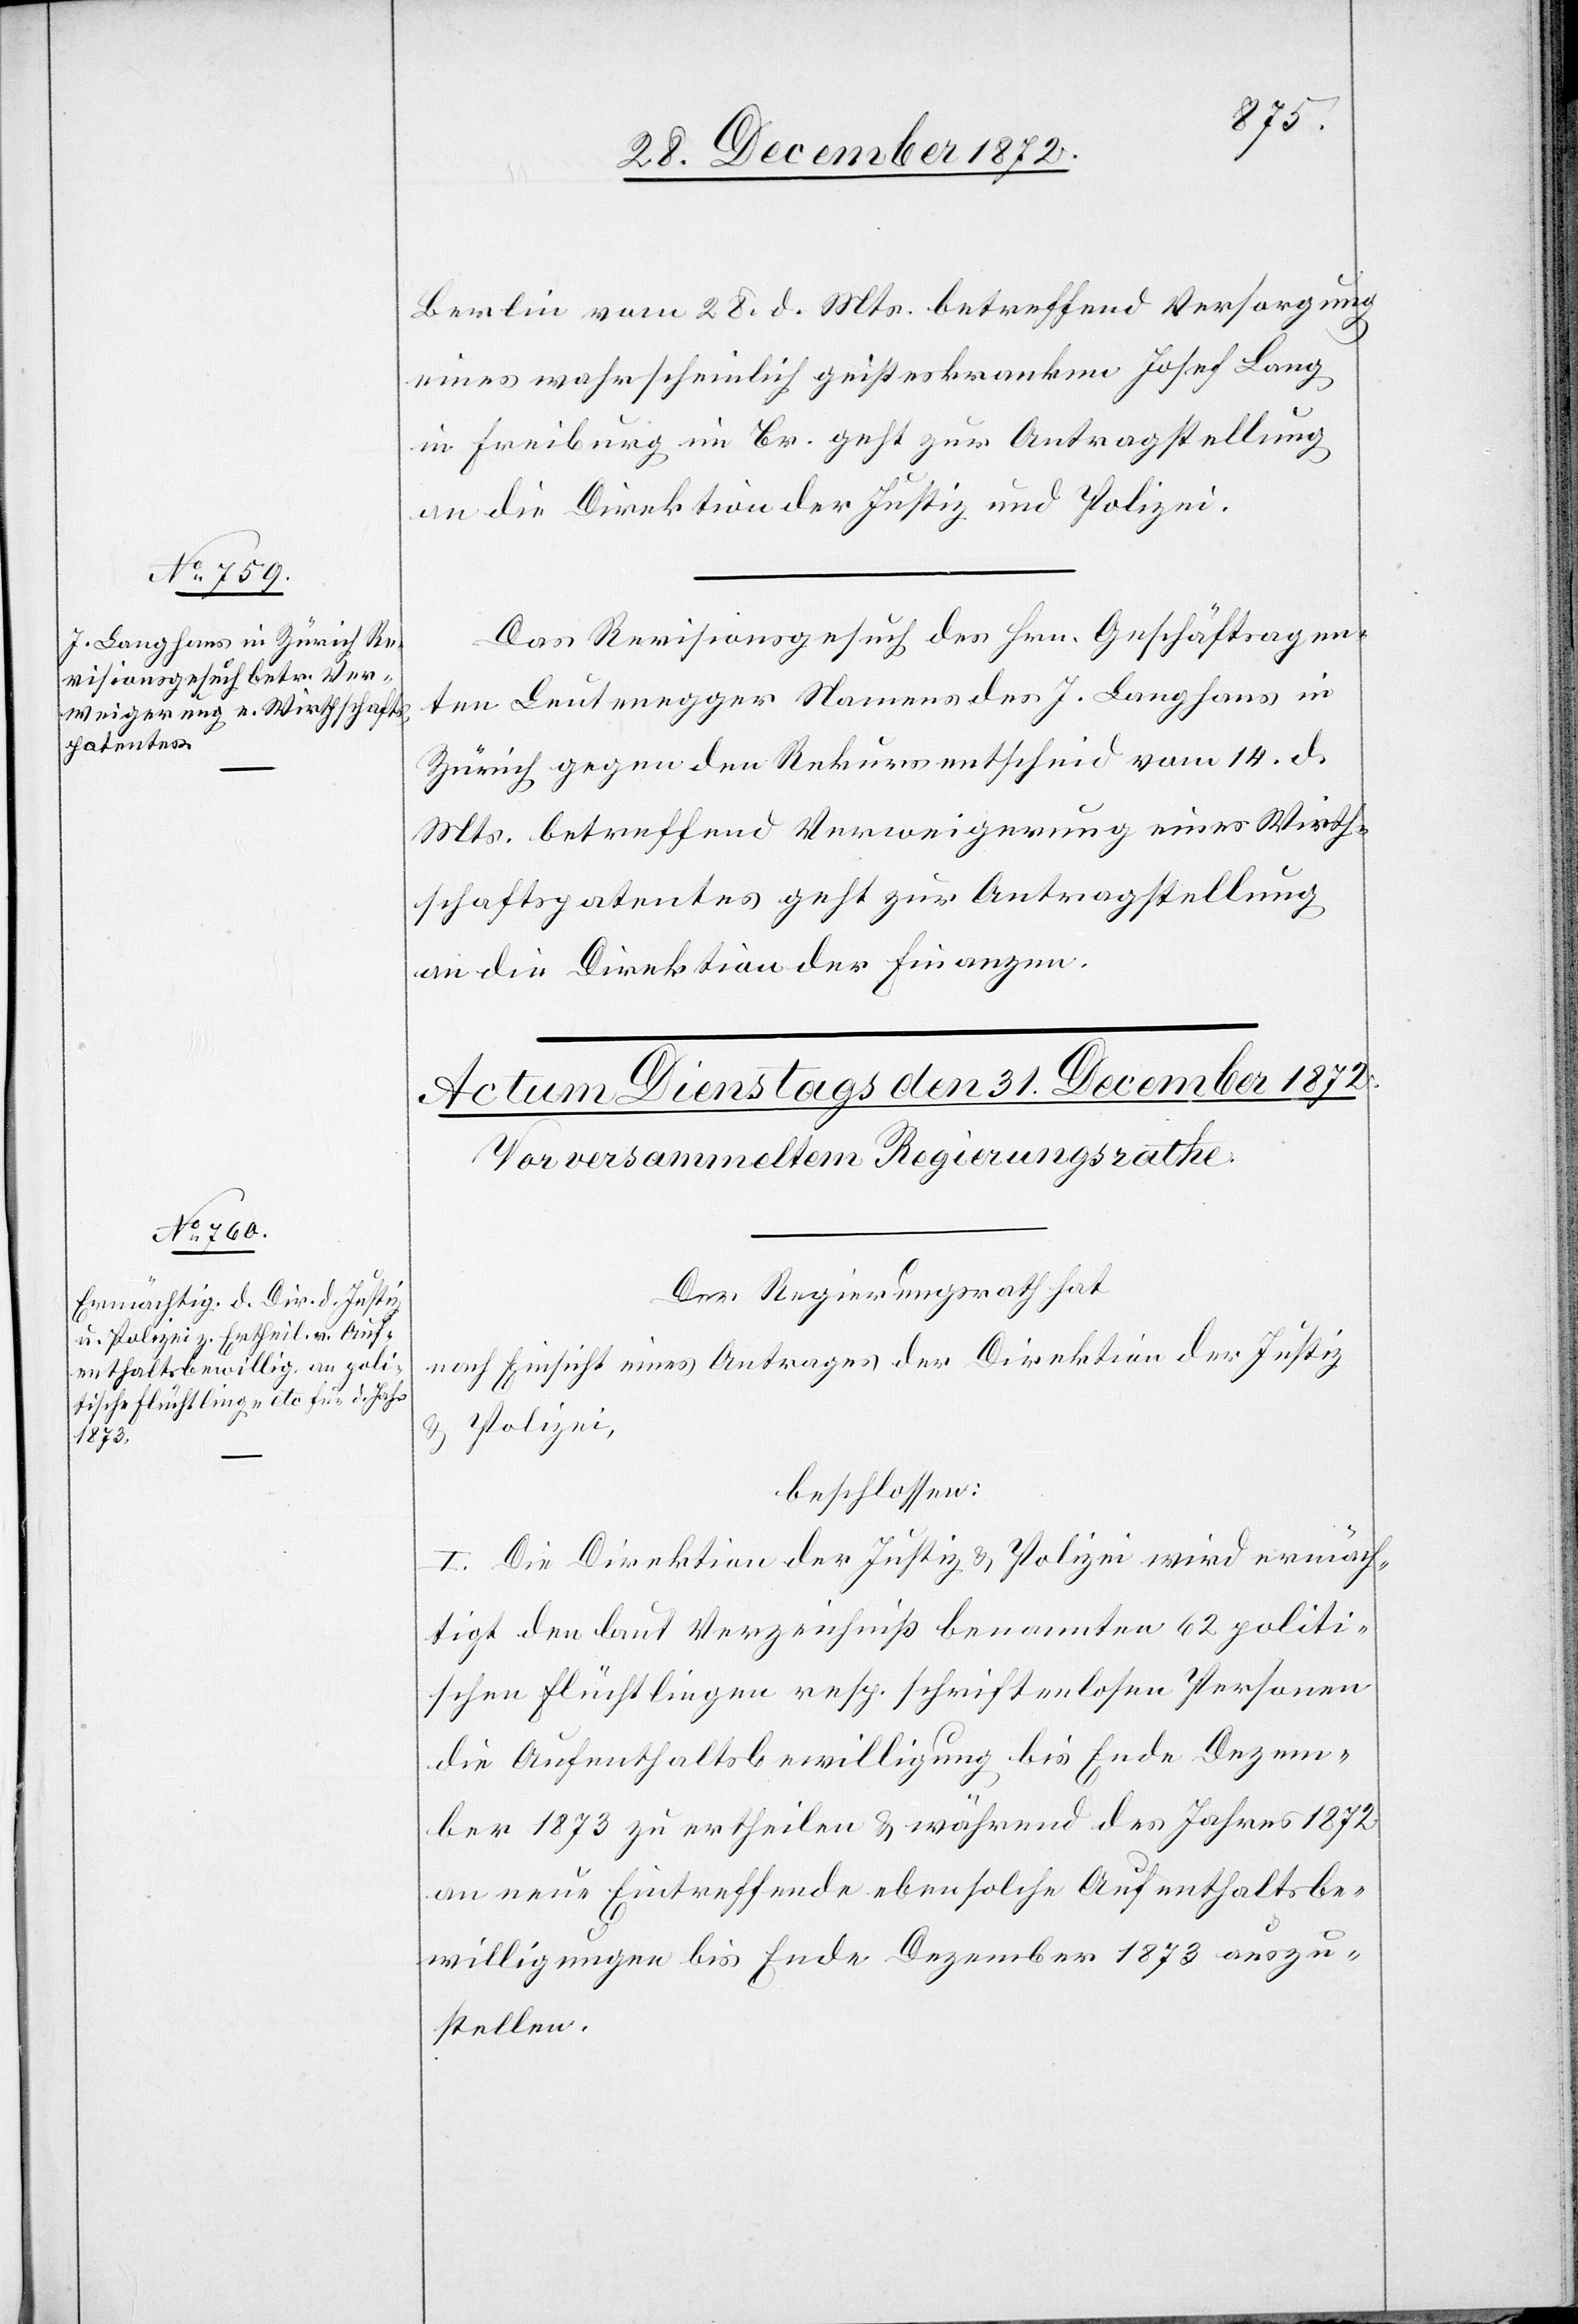
30. December 1872.]
Berlin vom 28. d. Mts. betreffend Versorgung
eines wahrscheinlich geisteskranken Josef Lang
in Freiburg im Br. geht zur Antragstellung
an die Direktion der Justiz u. Polizei.
Das Revisionsgesuch des Hrn. Geschäftsagen¬
ten Leutenegger Namens des J. Langhans in
Zürich gegen den Rekursentscheid vom 14. d.
Mts. betreffend Verweigerung eines Wirth¬
schaftspatentes geht zur Antragstellung
an die Direktion der Finanzen.
Der Regierungsrath hat
nach Einsicht eines Antrages der Direktion der Justiz
Polizei,
beschlossen:
I. Die Direktion der Justiz u. Polizei wird ermäch¬
tigt den laut Verzeichniß benannten 62 politi¬
schen Flüchtlingen resp. schriftenlosen Personen
die Aufenthaltsbewilligung bis Ende Dezem¬
ber 1873 zu ertheilen u. während des Jahres 1872
an neue Eintreffende ebensolche Aufenthaltsbe¬
willigungen bis Ende Dezember 1873 auszu¬
stellen.